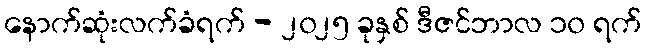
နောက်ဆုံးလက်ခံရက် - ၂၀၂၅ ခုနှစ် ဒီဇင်ဘာလ ၁၀ ရက်